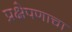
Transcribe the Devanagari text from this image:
प्रक्षेपणाचा